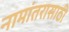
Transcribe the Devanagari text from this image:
नामांतरासाठी